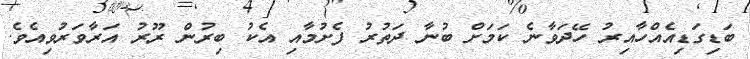
ބަޑިގަޑިއެއްހާއިރު ހޭދަވާނެ ކަމަށް ބުނާ ދަތުރު ފެށުމާއި އެކު ބިރުން ރޫރު އަރާވަރުވިއެވެ.